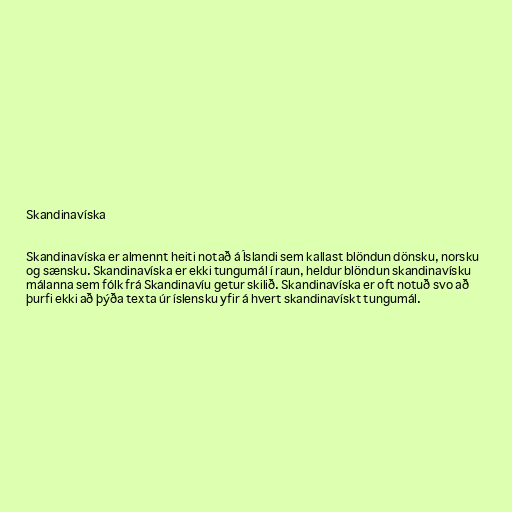
Skandinavíska

Skandinavíska er almennt heiti notað á Íslandi sem kallast blöndun dönsku, norsku
og sænsku. Skandinavíska er ekki tungumál í raun, heldur blöndun skandinavísku
málanna sem fólk frá Skandinavíu getur skilið. Skandinavíska er oft notuð svo að
þurfi ekki að þýða texta úr íslensku yfir á hvert skandinavískt tungumál.